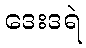
ဒေးဒရဲ